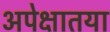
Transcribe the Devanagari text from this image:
अपेक्षातया